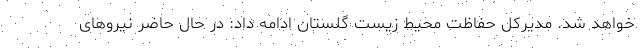
خواهد شد. مدیرکل حفاظت محیط زیست گلستان ادامه داد: در حال حاضر نیروهای